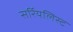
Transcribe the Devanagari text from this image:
सर्रियलिस्ट